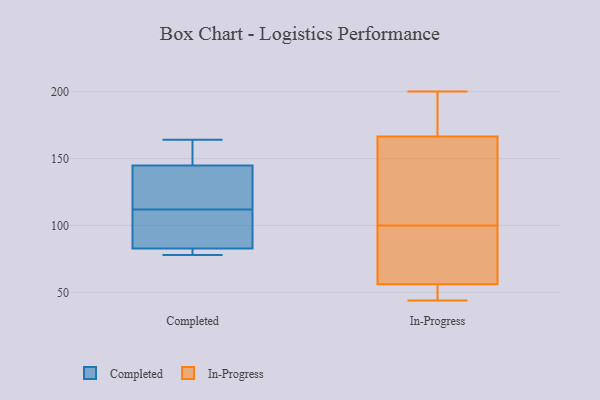
{"axis": {"x": "Tickets Resolved", "y": "Value"}, "legend": ["Completed", "In-Progress"], "data": [{"x": "", "y": 85, "type": "Completed"}, {"x": "", "y": 79, "type": "Completed"}, {"x": "", "y": 78, "type": "Completed"}, {"x": "", "y": 145, "type": "Completed"}, {"x": "", "y": 157, "type": "Completed"}, {"x": "", "y": 164, "type": "Completed"}, {"x": "", "y": 88, "type": "Completed"}, {"x": "", "y": 113, "type": "Completed"}, {"x": "", "y": 112, "type": "Completed"}, {"x": "", "y": 82, "type": "Completed"}, {"x": "", "y": 144, "type": "Completed"}, {"x": "", "y": 155, "type": "In-Progress"}, {"x": "", "y": 149, "type": "In-Progress"}, {"x": "", "y": 200, "type": "In-Progress"}, {"x": "", "y": 195, "type": "In-Progress"}, {"x": "", "y": 57, "type": "In-Progress"}, {"x": "", "y": 165, "type": "In-Progress"}, {"x": "", "y": 171, "type": "In-Progress"}, {"x": "", "y": 53, "type": "In-Progress"}, {"x": "", "y": 89, "type": "In-Progress"}, {"x": "", "y": 52, "type": "In-Progress"}, {"x": "", "y": 44, "type": "In-Progress"}, {"x": "", "y": 100, "type": "In-Progress"}, {"x": "", "y": 76, "type": "In-Progress"}]}